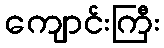
ကျောင်းကြီး